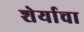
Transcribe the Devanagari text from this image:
शेर्याचा